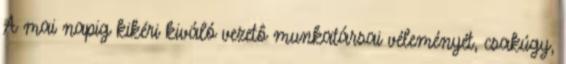
A mai napig kikéri kiváló vezetô munkatársai véleményét, csakúgy,